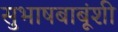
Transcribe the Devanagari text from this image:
सुभाषबाबूंशी